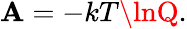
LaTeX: \mathbf{A}=-kT\lnQ.